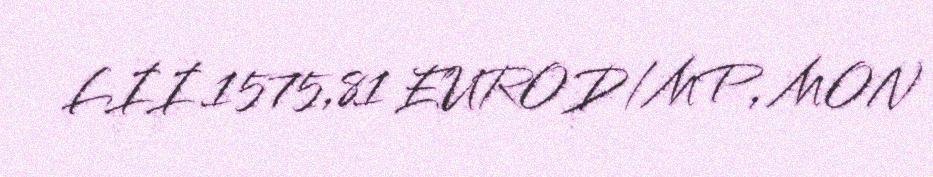
LII 1575,81 EUROD/MP, MON